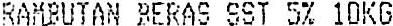
RAMBUTAN BERAS SST 5% 10KG